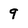
Character: 9